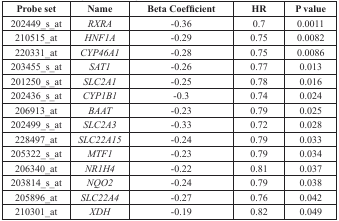
| Probe set | Name | Beta Coefficient | HR | P value |
 | --- | --- | --- | --- | --- |
 | 202449_s_at | RXRA | −0.36 | 0.7 | 0.0011 |
 | 210515_at | HNF1A | −0.29 | 0.75 | 0.0082 |
 | 220331_at | CYP46A1 | −0.28 | 0.75 | 0.0086 |
 | 203455_s_at | SAT1 | −0.26 | 0.77 | 0.013 |
 | 201250_s_at | SLC2A1 | −0.25 | 0.78 | 0.016 |
 | 202436_s_at | CYP1B1 | −0.3 | 0.74 | 0.024 |
 | 206913_at | BAAT | −0.23 | 0.79 | 0.025 |
 | 202499_s_at | SLC2A3 | −0.33 | 0.72 | 0.028 |
 | 228497_at | SLC22A15 | −0.24 | 0.79 | 0.033 |
 | 205322_s_at | MTF1 | −0.23 | 0.79 | 0.034 |
 | 206340_at | NR1H4 | −0.22 | 0.81 | 0.037 |
 | 203814_s_at | NQO2 | −0.24 | 0.79 | 0.038 |
 | 205896_at | SLC22A4 | −0.27 | 0.76 | 0.042 |
 | 210301_at | XDH | −0.19 | 0.82 | 0.049 |